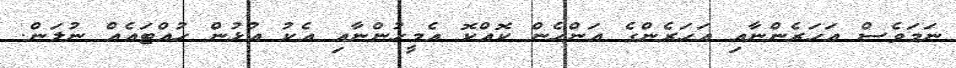
ނަމަވެސް އަހަރެންނާއި އަހަރެންގެ އަންހެން ކޮއްކޮ އެމީހުންނާއި އެކު އުޅުން ހުއްޓައެއް ނުލަން.